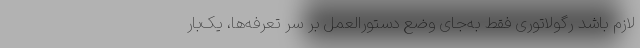
لازم باشد رگولاتوری فقط به‌جای وضع دستورالعمل بر سر تعرفه‌ها، یک‌بار